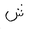
Letter: _shin